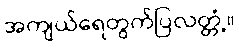
အကျယ်ရေတွက်ပြလတ္တံ့။